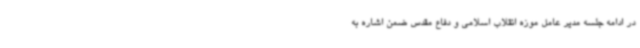
در ادامه جلسه مدیر عامل موزه انقلاب اسلامی و دفاع مقدس ضمن اشاره به